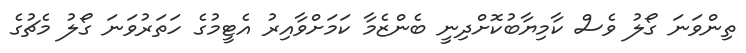
ތިންވަނަ ގޯލު ވެސް ކާމިޔާބުކޮށްދިނީ ބެންޒެމާ ކަމަށްވާއިރު އެޓީމުގެ ހަތަރުވަނަ ގޯލު މެޗުގެ